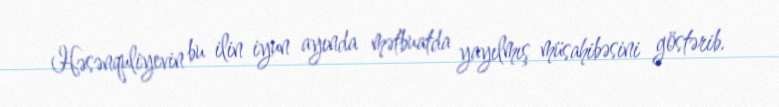
Həsənquliyevin bu ilin iyun ayında mətbuatda yayılmış müsahibəsini göstərib.